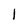
Character: I